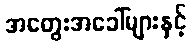
အတွေးအခေါ်များနှင့်